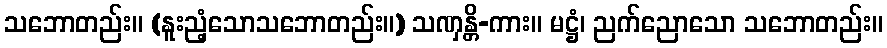
သဘောတည်း။ (နူးညံ့သောသဘောတည်း။) သဏှန္တိ-ကား။ မဋ္ဌံ၊ ညက်ညောသော သဘောတည်း။